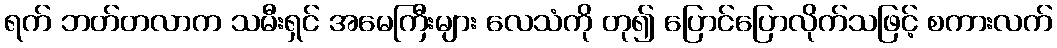
ရက် ဘတ်တလာက သမီးရှင် အမေကြီးများ လေသံကို တု၍ ပြောင်ပြောလိုက်သဖြင့် စကားလက်